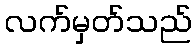
လက်မှတ်သည်